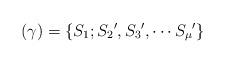
LaTeX: \begin{align*}(\gamma)=\{S_1;{S_2}',{S_3}',\cdots{S_\mu}'\}\end{align*}